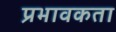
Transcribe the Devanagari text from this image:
प्रभावकता